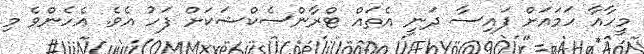
މީހާއާ ހަމައަށް ފައިސާ ދަނީ އެތައް ޓްރާންސެކްޝަކަށް ފަހު އެވެ. އެހެންވެ މި